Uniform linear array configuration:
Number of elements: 64
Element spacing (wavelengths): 0.75
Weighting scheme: uniform
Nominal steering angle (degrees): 30
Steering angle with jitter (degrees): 28.345
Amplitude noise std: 0.05
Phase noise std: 0.05

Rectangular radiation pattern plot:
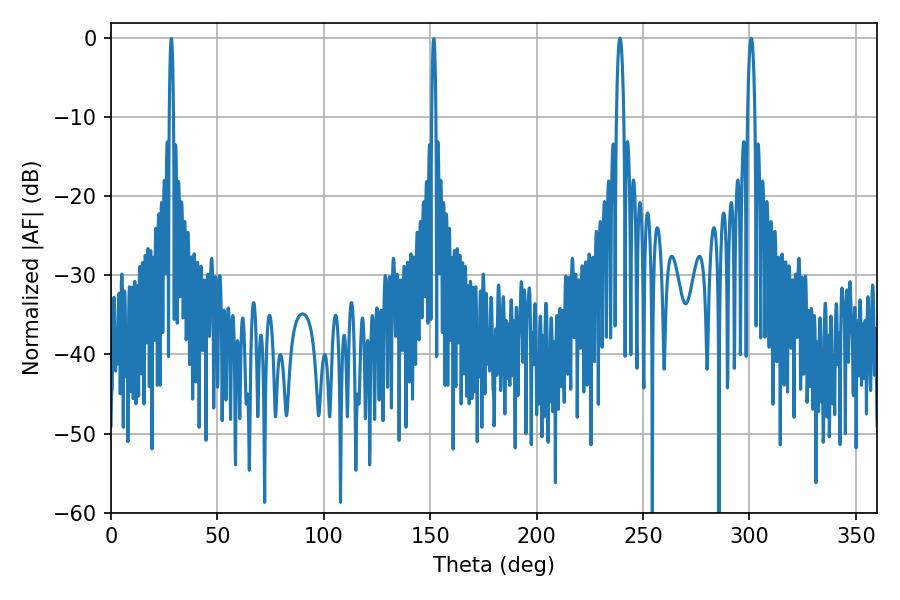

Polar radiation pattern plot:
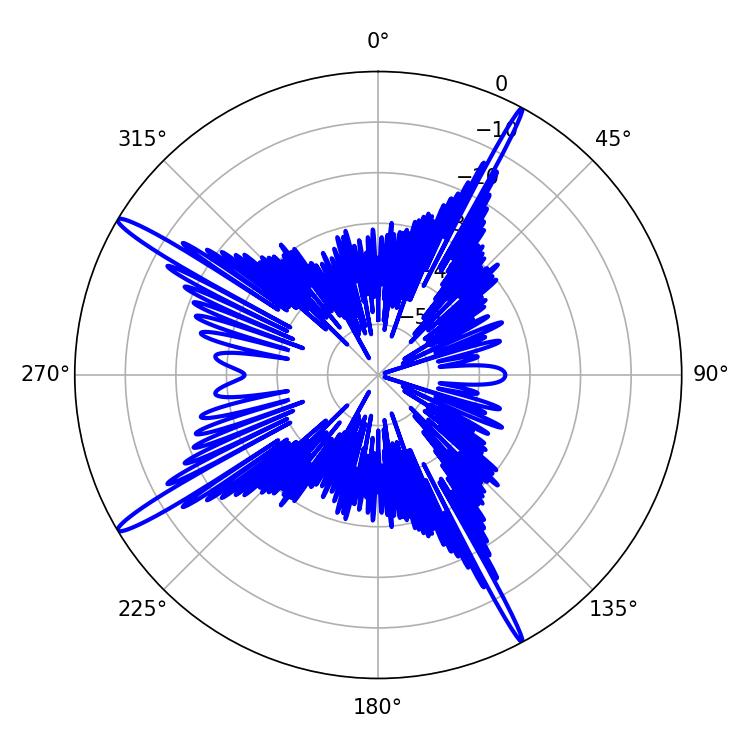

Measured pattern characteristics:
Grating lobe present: TRUE
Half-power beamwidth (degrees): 1.98
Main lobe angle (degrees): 300.78